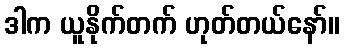
ဒါက ယူနိုက်တက် ဟုတ်တယ်နော်။